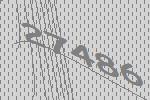
27486